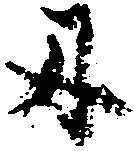
丑